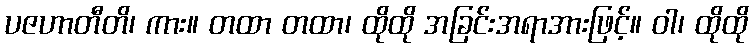
ပဇဟာတီတိ၊ ကား။ တထာ တထာ၊ ထိုထို အခြင်းအရာအားဖြင့်။ ဝါ၊ ထိုထို